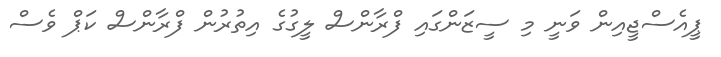
ޕީއެސްޖީއިން ވަނީ މި ސީޒަންގައި ފްރާންސް ލީގުގެ އިތުރުން ފްރާންސް ކަޕް ވެސް